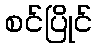
စင်ပြိုင်